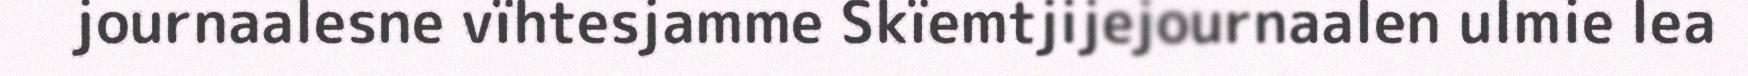
journaalesne vïhtesjamme Skïemtjijejournaalen ulmie lea